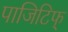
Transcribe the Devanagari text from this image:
पाजिटिफ्